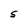
Character: 5